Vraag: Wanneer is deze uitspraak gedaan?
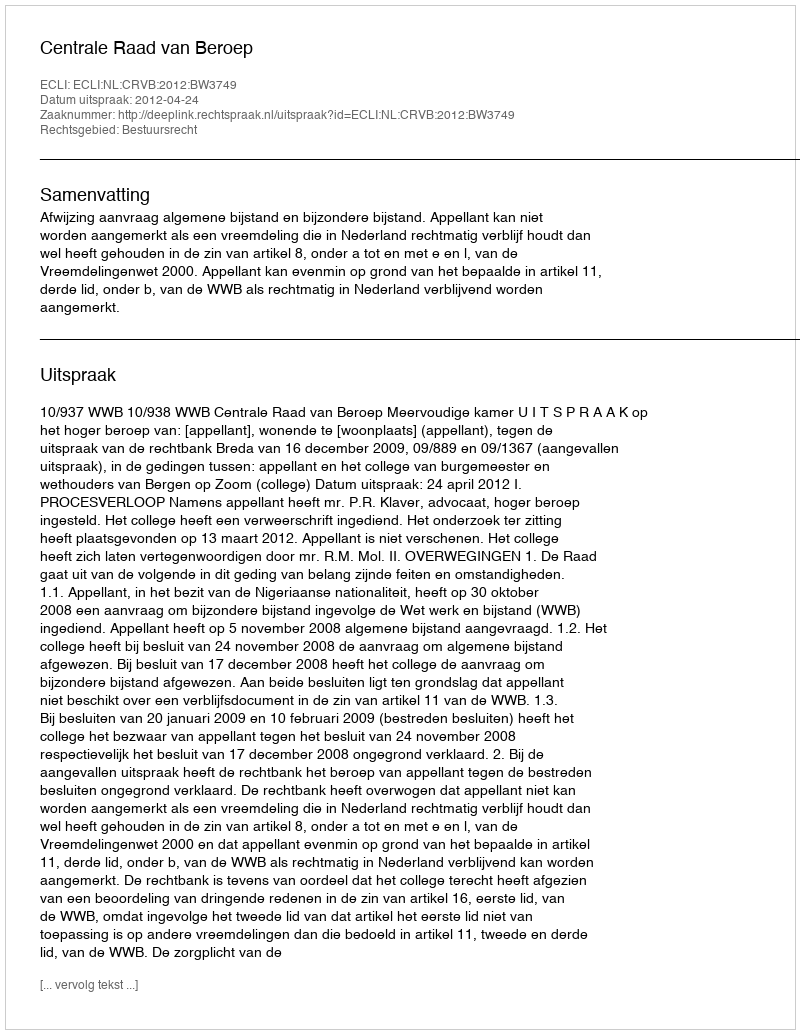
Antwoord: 2012-04-24